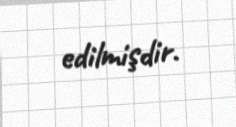
edilmişdir.